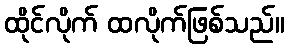
ထိုင်လိုက် ထလိုက်ဖြစ်သည်။